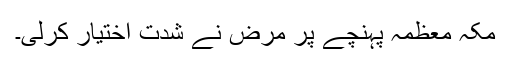
مکہ معظمہ پہنچے پر مرض نے شدت اختیار کرلی۔